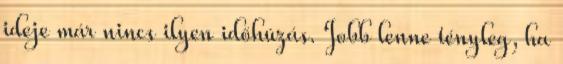
ideje már nincs ilyen időhúzás. Jobb lenne tényleg, ha